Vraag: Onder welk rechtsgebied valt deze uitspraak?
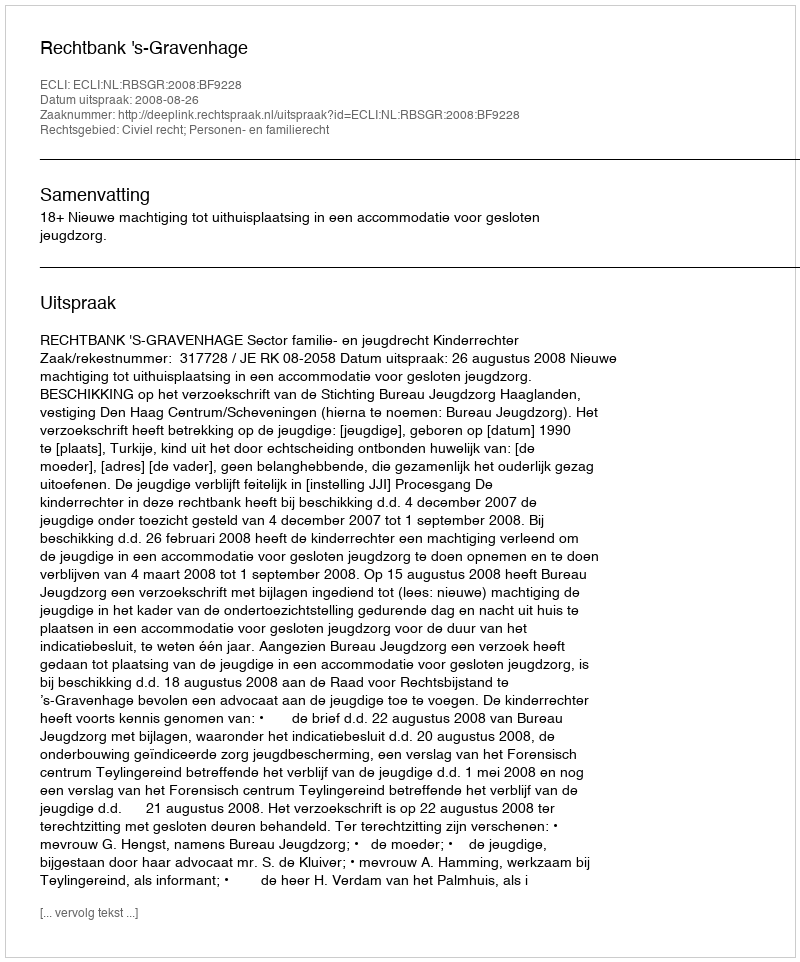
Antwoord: Civiel recht; Personen- en familierecht